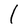
Character: l